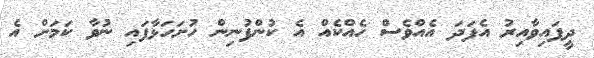
ދީފައިވާއިރު އެފަދަ އެއްވެސް ހެއްކެއް އެ ކުންފުނިން ހުށަހަޅާފައި ނުވާ ކަމަށް އެ